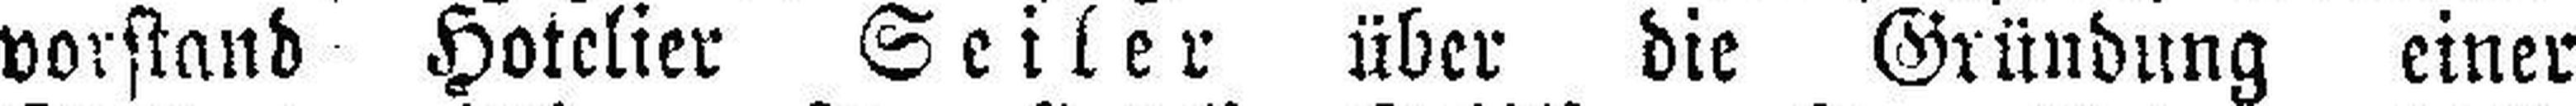
vorstand Hotelier Seiler über die Gründung einer